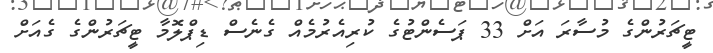
ޓީޗަރުންގެ މުސާރަ އަށް 33 ޕަސެންޓުގެ ކުރިއެރުމެއް ގެެނެސް ޑިޕްލޮމާ ޓީޗަރުންގެ ގެއަށް